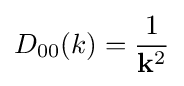
D_{00}(k)={1 \over \mathbf {k} ^{2}}